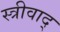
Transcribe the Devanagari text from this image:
स्त्रीवाद्